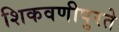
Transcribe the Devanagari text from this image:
शिकवणीपुरते